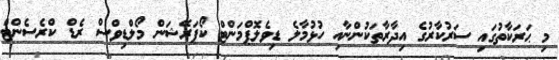
މި ޙަރަކާތުގައި ސަރުކާރުގެ އިދާރާތަކުންނާއި ހުޅުމާލެ ޑިވެލޮޕްމަންޓް ކޯޕަރޭޝަން މޯލްޑިވްސް ރެޑް ކްރެސެންޓް